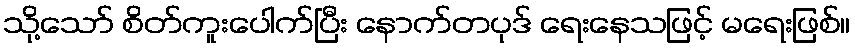
သို့သော် စိတ်ကူးပေါက်ပြီး နောက်တပုဒ် ရေးနေသဖြင့် မရေးဖြစ်။